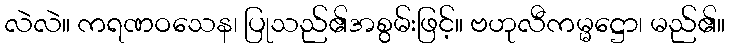
လဲလဲ။ ကရဏဝသေန၊ ပြုသည်၏အစွမ်းဖြင့်။ ဗဟုလီကမ္မဋ္ဌော၊ မည်၏။